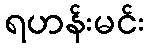
ရဟန်းမင်း